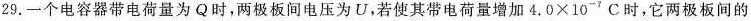
29.一个电容器带电荷量为Q时，两极板间电压为U，若使其带电荷量增加$$4 . 0 \times 1 0 ^ { - 7 } C$$时，它两极板间的